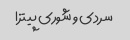
سردی و شوری پیتزا